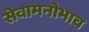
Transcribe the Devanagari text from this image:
सेवामनोभाव